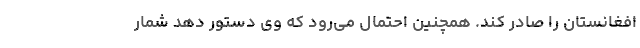
افغانستان را صادر کند. همچنین احتمال می‌رود که وی دستور دهد شمار